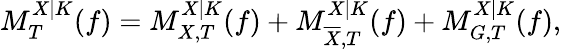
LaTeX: M_{T}^{X|K}(f)=M_{X,T}^{X|K}(f)+M_{\overline{{X}},T}^{X|K}(f)+M_{G,T}^{X|K}(f),